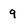
Character: g